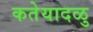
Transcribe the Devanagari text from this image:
कतेयादळु